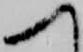
へ